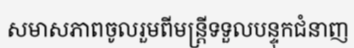
សមាសភាពចូលរួមពីមន្ត្រីទទួលបន្ទុកជំនាញ